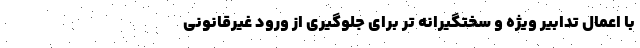
با اعمال تدابیر ویژه و سختگیرانه تر برای جلوگیری از ورود غیرقانونی